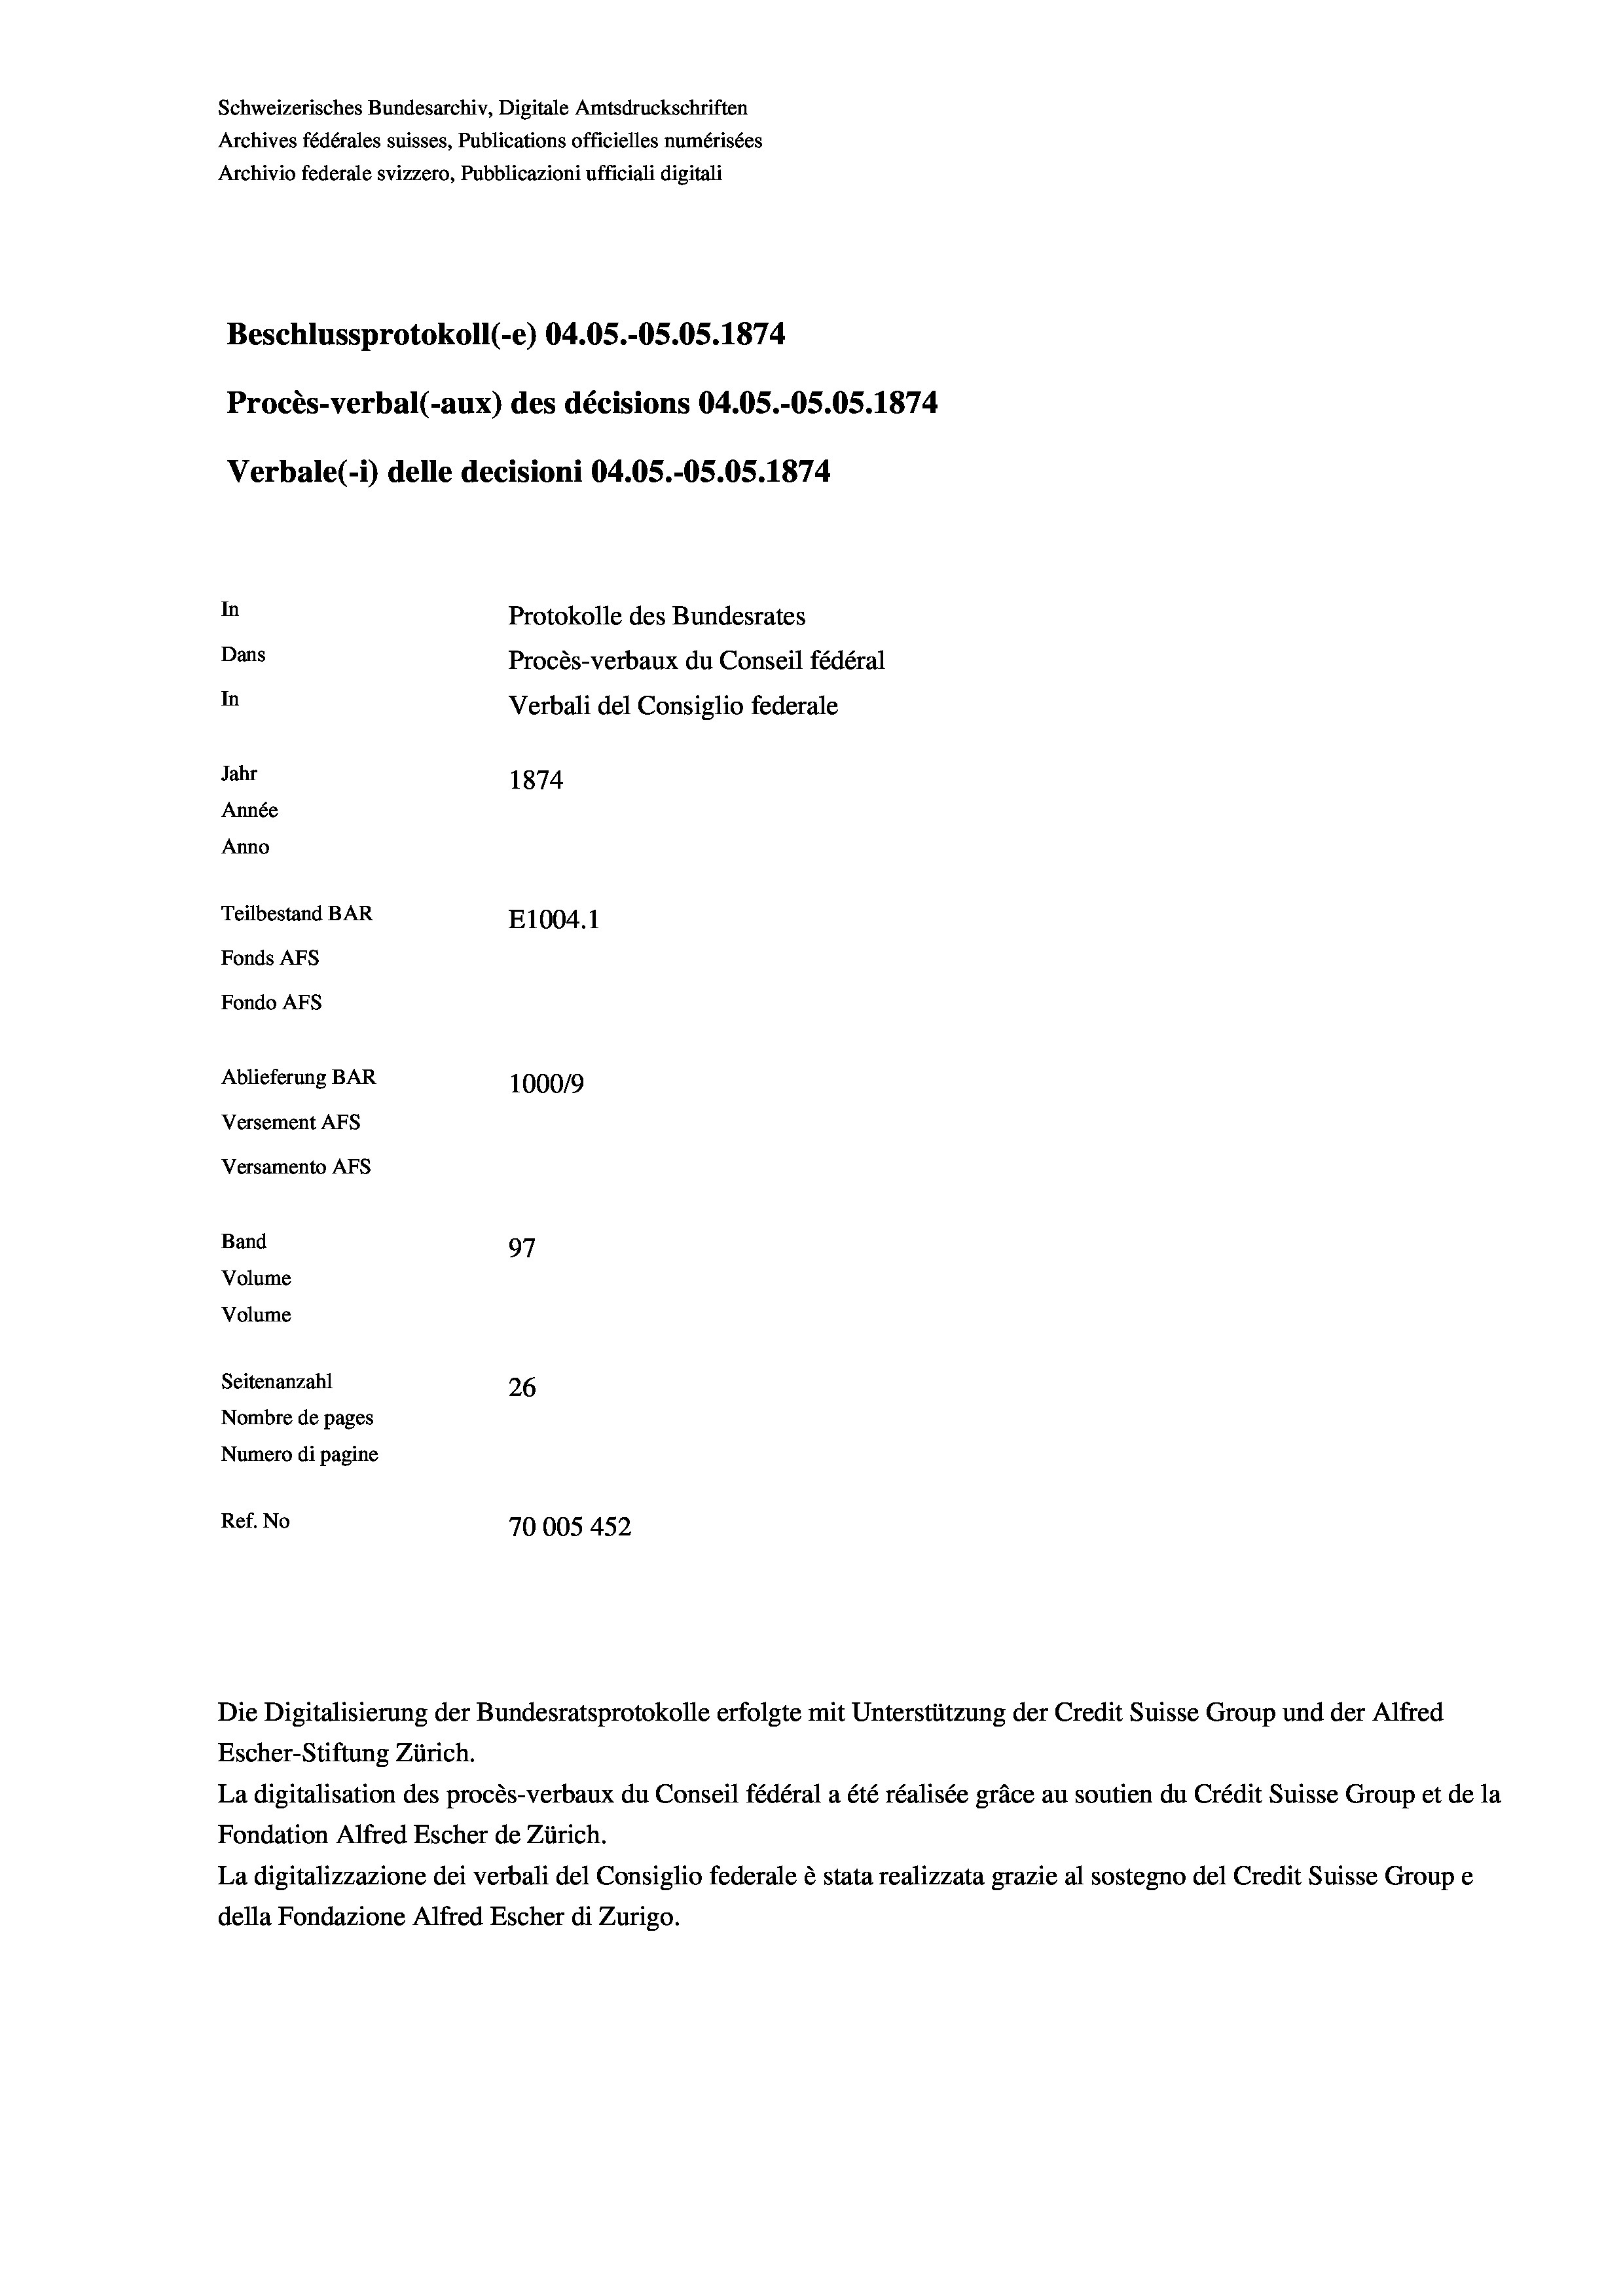
Schweizerisches Bundesarchiv, Digitale Amtsdruckschriften
Archives fédérales suisses, Publications officielles numérisées
Archivio federale svizzero, Pubblicazioni ufficiali digitali
Beschlussprotokoll (-e) 04.05.-O5.05. 1874
Procès-verbal (-aux) des décisions 04.05.-OS.OS. 1874
Verbale(-*) delle decisioni 04.05.-OS.05. 1874
In
Protokolle des Bundesrates
Dans
Procès-verbaux du Conseil fédéral
In
Verbali del Consiglio federale
Jahr
1874
Année
Anno
Teilbestand BAR
E1004.1
Fonds AFs
Fondo AFS
Ablieferung BAR
100019
Versement AFs
Versamento Afs
Band
97
Volume
Volume

Seitenanzahl
26
Nombre de pages
Numero di pagine
Ref. No
70005 452

Escher-Stiftung Zürich.
La digitalisation des procès-verbaux du Conseil fédéral a été réalisée gräce au soutien du Crédit Suisse Group et de la
Fondation Alfred Escher de Zürich.
La digitalizzazione dei verbali del Consiglio federale è stata realizzata grazie al sostegno del Credit Suisse Groupe
della Fondazione Alfred Escher di Zurigo.

Die Digitalisierung der Bundesratsprotokolle erfolgte mit Unterstützung der Credit Suisse Group und der Alfred